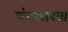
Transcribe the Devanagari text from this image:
पंचशाखा